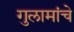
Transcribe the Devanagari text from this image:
गुलामांचे